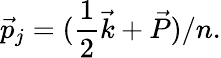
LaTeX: \vec{p}_{j}=({\frac{1}{2}}\vec{k}+\vec{P})/n.